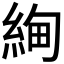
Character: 𬗚